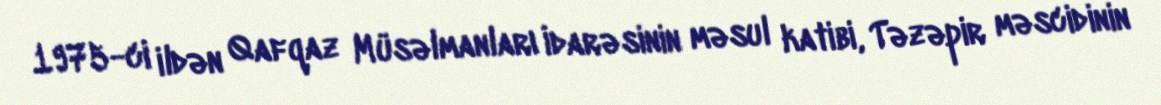
1975-ci ildən Qafqaz Müsəlmanları İdarəsinin məsul katibi, Təzəpir məscidinin